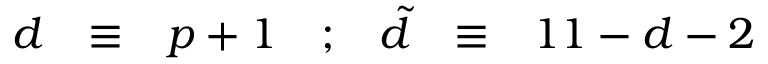
\begin{array} { c c c c c c c } { { d } } & { { \equiv } } & { { p + 1 } } & { { ; } } & { { { \tilde { d } } } } & { { \equiv } } & { { 1 1 - d - 2 } } \end{array}